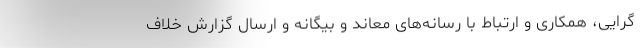
گرایی، همکاری و ارتباط با رسانه‌های معاند و بیگانه و ارسال گزارش خلاف